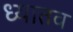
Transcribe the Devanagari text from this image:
ध्यातव